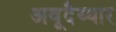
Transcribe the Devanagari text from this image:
अवूदैय्यार